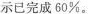
示已完成60%。